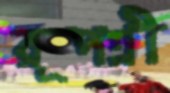
রূপশ্রী